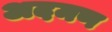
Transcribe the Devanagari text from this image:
अदमण